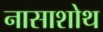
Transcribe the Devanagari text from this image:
नासाशोथ